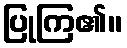
ပြုကြ၏။